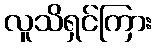
လူသိရှင်ကြား